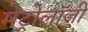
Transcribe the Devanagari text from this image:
मेट्रोलॉजी